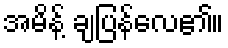
အမိန့် ချပြန်လေ၏။